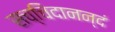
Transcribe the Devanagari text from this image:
सच्चिदानन्दं